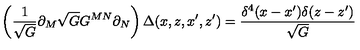
\left( \frac { 1 } { \sqrt { G } } \partial _ { M } \sqrt { G } G ^ { M N } \partial _ { N } \right) \Delta ( x , z , x ^ { \prime } , z ^ { \prime } ) = \frac { \delta ^ { 4 } ( x - x ^ { \prime } ) \delta ( z - z ^ { \prime } ) } { \sqrt { G } }